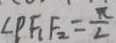
\angle P F _ { 1 } F _ { 2 } = \frac { \pi } { 2 }